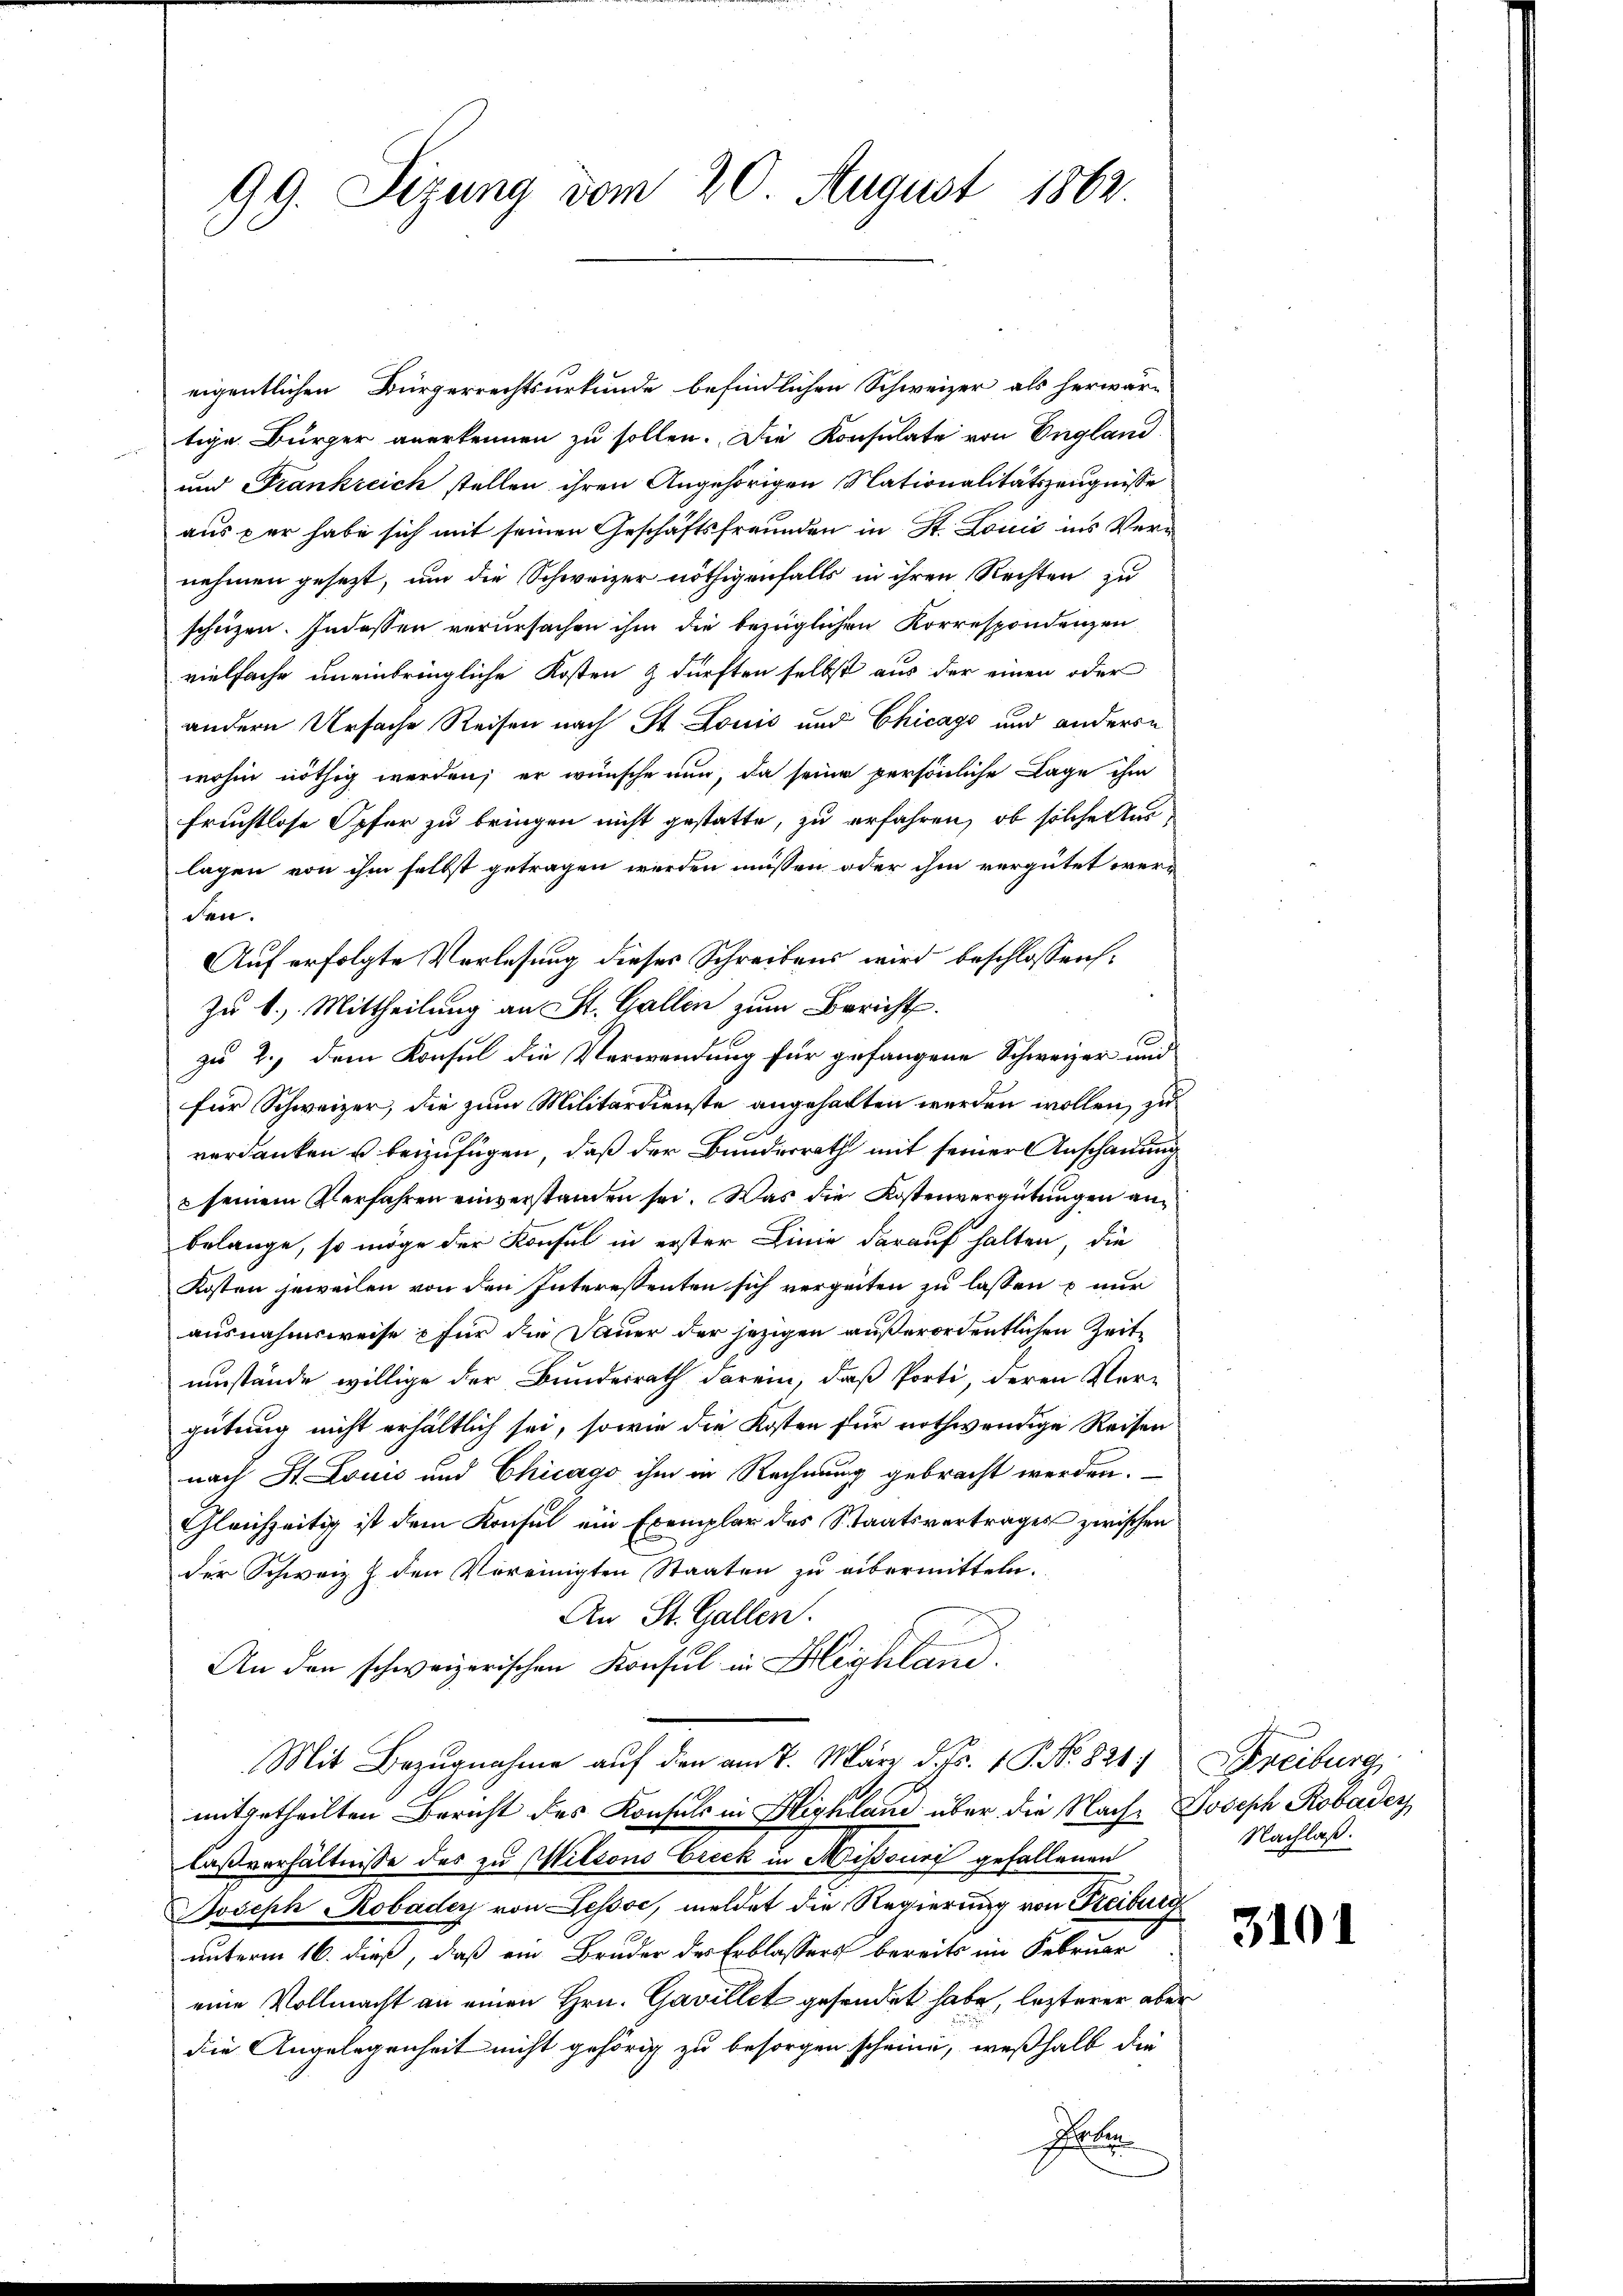
99. Sizung vom 20. August 1862.

eigentlichen Bürgerrechtsurkunde befindlichen Schweizer als herwär-
tige Bürger anerkennen zu sollen. Die Konsulate von England
und Frankreich stellen ihren Angehörigen Nationalitätszeugnisse
aus per habe sich mit seinen Geschäftsfreunden in St. Louis ins Vernehmen gesezt, um die Schweizer nöthigenfalls in ihren Rechten zu
scheizen. Indessen verursachen ihm die bezüglichen Korrespondenzen
vielfache uneinbringliche Kosten & dürften selbst aus der einen oder
andern Ursache Reisen nach St. Louis und Chicago und anderen
wohin nöthig werden; er wünsche nun, da seine persönliche Lage ihm
fruchtlose Opfer zu bringen nicht gestatte, zu erfahren, ob solche Auslagen von ihm selbst getragen werden müssen oder ihm vergütet werden.
Auf erfolgte Verlesung dieses Schreibens wird beschlossens.
Zu k. Mittheilung an St. Gallen zum Bericht.
zu 2.) dem Konsul die Verwendung für gefangene Schweizer und
für Schweizer, die zum Militärdienste angehalten werden wollen, zu
verdanken u beizufügen, daß der Bundesrath mit seiner Anschauung
seinem Verfahren einverstanden sei. Was die Kostenvergütungen anbelange, so möge der Konsul in erster Linie darauf halten, die
Kosten jeweilen von den Interessenten sich verzeiten zu lassen & nur
ausnahmsweise für die Dauer der jezigen außerordentlichen Zeit
umstände willige der Bundesrath darein, daß Porti, deren Ver-
gütung nicht erhältlich sei, sowie die Kosten für nothwendige Reisen
nach St. Louis und Chicago ihm in Rechnung gebracht werden.
Gleichzeitig ist dem Konsul ein Exemplar des Staatsvertrages zwischen
der Schweiz Z. den Vereinigten Staaten zu übermitteln.
An St. Gallen.
An den schweizerischen Konsul in Blighland.
Mit Bezugnahme auf den am 7. März d. Js. v. P. No. 821.
mitgetheilten Bericht des Konsuls in Highland über die Nach- Joseph Kobader
laßverhältnisse des zu Mittons Creck in Missouri gefallenen
Joseph Kobader von Lessse, meldet die Regierung von Freiburg
unterm 16. dieß, daß ein Bruder des Erblassers bereits im Februar
eine Vollmacht an einen Hrn. Gavillet gesendet habe, lezterer aber
die Angelegenheit nicht gehörig zu besorgen scheine, weßhalb die
Ge

Schreiburg
Nachlaß.

3101